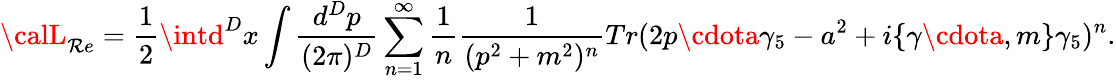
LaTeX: {\calL}_{\mathcal{R}e}={\frac{{1}}{{2}}}\intd^{D}x\int\frac{{d^{D}p}}{{(2\pi)^{D}}}\sum_{n=1}^{\infty}{\frac{{1}}{{n}}}\frac{{1}}{{(p^{2}+m^{2})^{n}}}Tr(2p\cdota\gamma_{5}-a^{2}+i\{ \gamma\cdota,m\} \gamma_{5})^{n}.